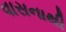
વાસનાથી